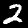
Label: 2